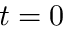
t = 0